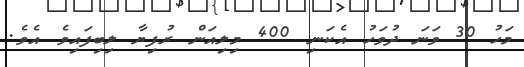
މަހު 30 ވަނަ ދުވަހު އެކަނި 400 މިލިއަން ރުފިޔާ ލިބިފައިވެ އެވެ.